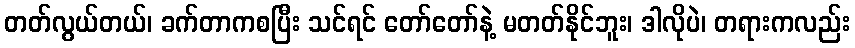
တတ်လွယ်တယ်၊ ခက်တာကစပြီး သင်ရင် တော်တော်နဲ့ မတတ်နိုင်ဘူး၊ ဒါလိုပဲ၊ တရားကလည်း